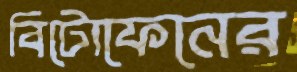
বিটোফেনের